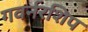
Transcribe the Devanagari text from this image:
गवर्नरशिप